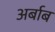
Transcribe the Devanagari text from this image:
अर्बाब